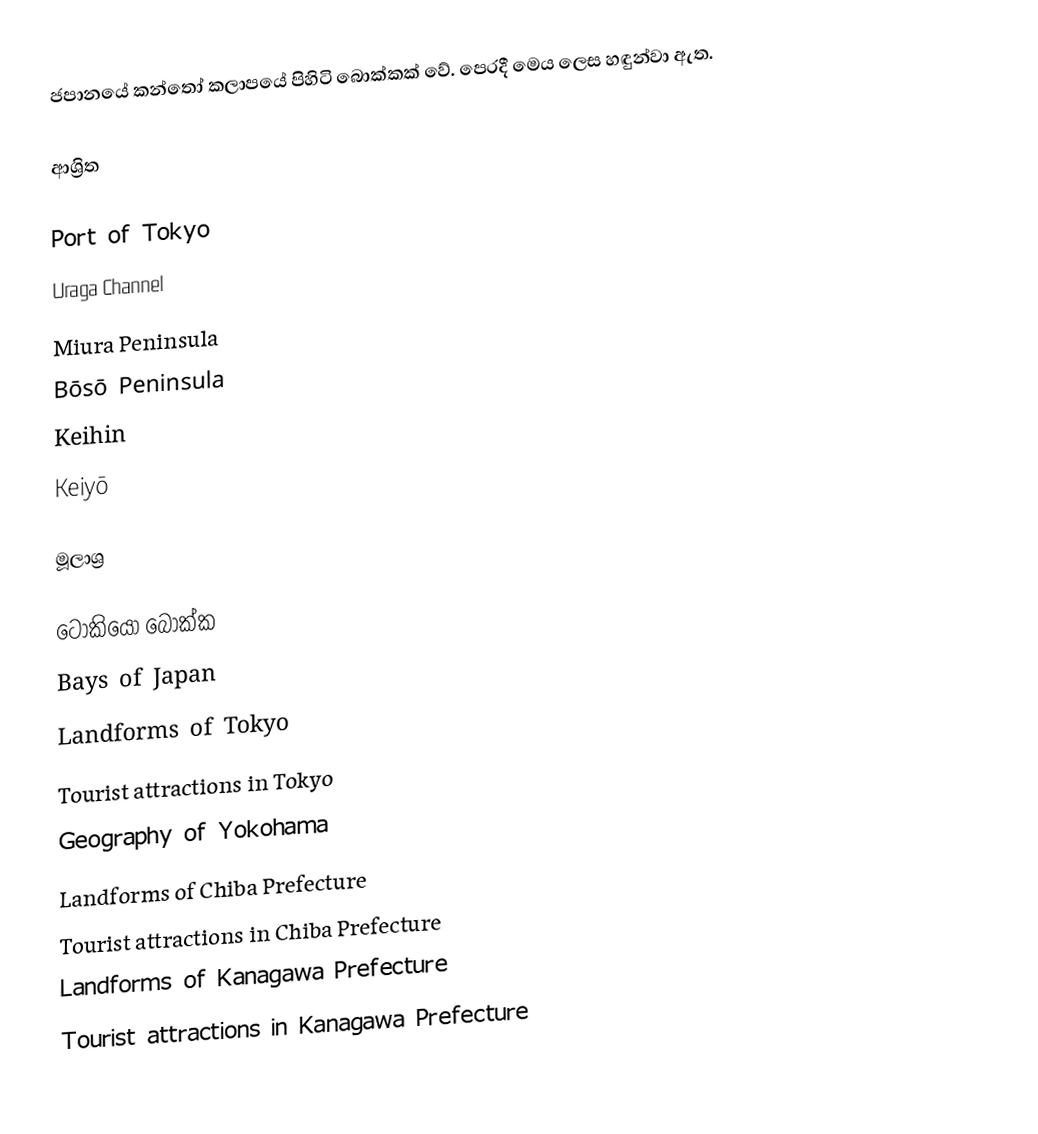
ජපානයේ කන්තෝ කලාපයේ පිහිටි බොක්කක් වේ. පෙරදී මෙය  ලෙස හඳුන්වා ඇත.

ආශ්‍රිත

 Port of Tokyo
 Uraga Channel
 Miura Peninsula
 Bōsō Peninsula
 Keihin
 Keiyō

මූලාශ්‍ර

ටෝකියෝ බොක්ක
Bays of Japan
Landforms of Tokyo
Tourist attractions in Tokyo
Geography of Yokohama
Landforms of Chiba Prefecture
Tourist attractions in Chiba Prefecture
Landforms of Kanagawa Prefecture
Tourist attractions in Kanagawa Prefecture